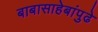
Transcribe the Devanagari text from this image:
बाबासाहेबांपुढे